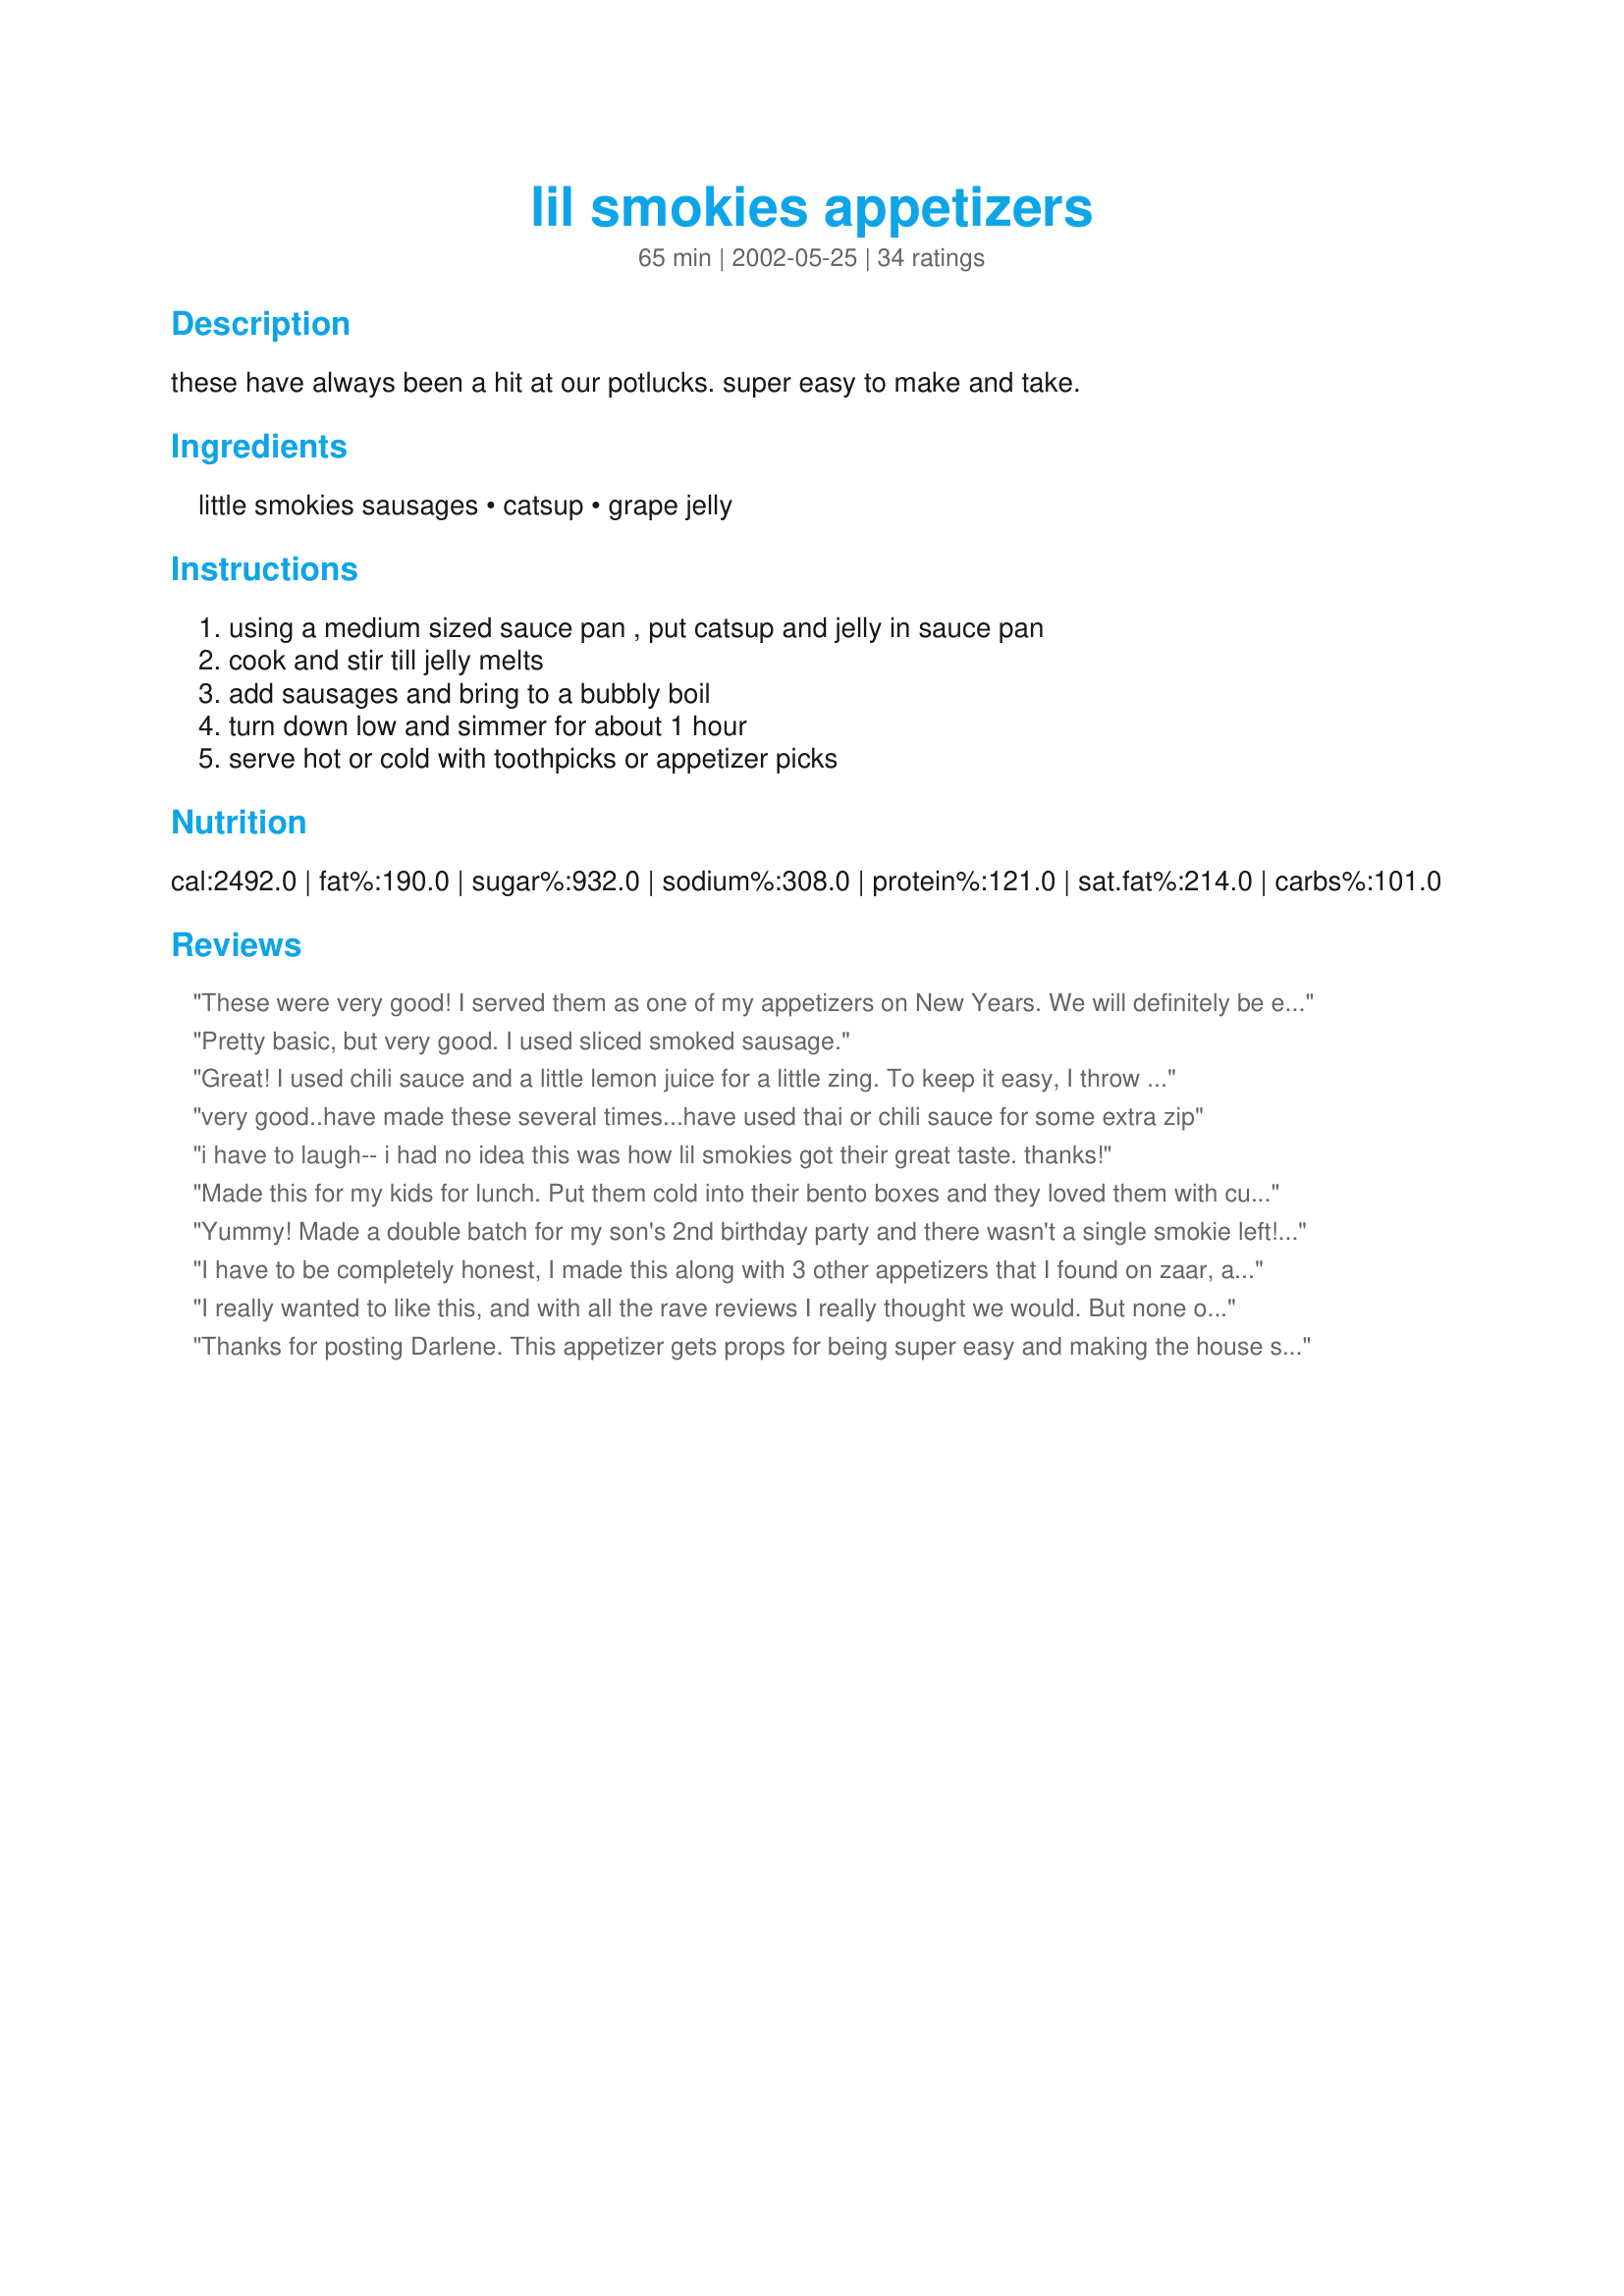
lil smokies appetizers
Preparation time: 65 minutes

these have always been a hit at our potlucks. super easy to make and take.

Ingredients:
little smokies sausages, catsup, grape jelly

Steps:
using a medium sized sauce pan , put catsup and jelly in sauce pan, cook and stir till jelly melts, add sausages and bring to a bubbly boil, turn down low and simmer for about 1 hour, serve hot or cold with toothpicks or appetizer picks

Reviews:
These were very good! I served them as one of my appetizers on New Years. We will definitely be eating these again! I am really glad that I didn't let the grape jelly scare me from trying this recipe. The smokies really are fantastic!
Pretty basic, but very good. I used sliced smoked sausage.
Great! I used chili sauce and a little lemon juice for a little zing. To keep it easy, I throw everything into the crockpot and heat on low. Easy cookout appetizer.
very good..have made these several times...have used thai or chili sauce for some extra zip
i have to laugh-- i had no idea this was how lil smokies got their great taste. thanks!
Made this for my kids for lunch. Put them cold into their bento boxes and they loved them with cut carrots & celery w/ ranch dressing and cheese and crackers and fruit. The star rating is their idea. I didn't try them. Thanks for posting. I'll make them for the kids again.
Yummy! Made a double batch for my son's 2nd birthday party and there wasn't a single smokie left! Very good appetizer!
I have to be completely honest, I made this along with 3 other appetizers that I found on zaar, and even though I personally liked this recipe, no one touched it and all the other appetizers disappeared. So I don't know if it was the crowd or what! But I'm honest and hate just not reviewing someone's recipe if I don't think it deserves 5 stars. Aside from all that, Thank you!
I really wanted to like this, and with all the rave reviews I really thought we would. But none of us cared for it. It was like eating hot dogs in watered down catsup. My hubby tried adding BBQ sauce to his portion and another tried hot sauce, but still a no-go for us.
Thanks for posting Darlene. This appetizer gets props for being super easy and making the house smell nice. It is tasty. I never knew jelly and catsup combined could be edible, let alone pretty good, especially heated. Made for Zaar 2010 Cookbook Tag. Enjoy! ChefDLH
Super easy and delicious!!
I've made this recipe many times and it is definitely a crowd pleaser! I always keep warm in a crockpot for serving.
These were easy and tasty. I let them warm in the crock pot for a few hours. Very good!!!
made this for the supper bow, i used chili sauce instead of catsup, for more flavor and meetballs instead of lil smokies, it was the only thing that i had no left overs of!! i also heated on med-high the grape jelly and the chili sauce togetherto get the clumpyness of the jelly dissolved then put in the crock pot.
This is a great, quick, kid pleasing recipe! My three year old loved them!
These are always a big hit at potlucks, parties -- wherever I take them! I've had them at family get togethers for years and never realized what a strange combination of ingredients you combine to make them! :)
I give this 5 stars, but if you want it a little spicer, add Chili Sauce that comes in a jar for a completely different taste.
My family gobbled these up! Thanks for the quick and easy recipe.
I made these for game night and the guys devoured them! Great recipe thanks!
these are wonderful.and so easy to make.threw them in the crockpot on low and let them cook for a few hours.excellent...
These were great and simple. You can't ask for much more. :)
This is such an easy and good tasting appetizer. I put them in the crockpot this afternoon for our New Year's Eve party this evening. Now I am trying to keep the kids away from them so I have some left! I also posted a picture.
I made this for our game day get together and it was a hit. Only one of the kids didn't care for it, so I figure thats a good average. I enjoyed it more then the usual BBQ sauce with them. Thank you for giving me options when making little wienies.
I made these as written, mostly! :) Where I live we only have jam, which is very sweet, and we also don't get Lil Smokies (I used pork frankfurters). To cut the sweetness, I added a couple of splashes of cider vinegar, a few dashes of cumin & BBQ sauce, and heaping tsp. of red pepper flakes. YUM!
it sounds so wierd but taste so good i have been making your recipe a few years now my family loves it and people are jealous of it so thank you so much! the only thing i change is i make it with cheese little smokies instead of normal and i like to eat them with cheese ritz sandwiches or my own special cheese ball recipe.
Awesome recipe, would have never believed grape jelly could taste great combined as a sauce. Party has not even started yet and can't keep them out of it! LOL
My mom has been making this for at least 30 yrs. People are always amazed by the ingredients. A favorite and staple at holidays. Especially Christmas eve. with Chili and Oyster Stew. If I have bbq sauce to use up I add a litte of that too. I think I would only serve them hot.
I love these! VERY easy and always a hit! I have made them with barbecue sauce or chili sauce instead of catsup for a change, and cook them in a crockpot for parties.
I like this recipe but I found myself needing to add some BBQ sauce for more of a kick.
As appetizers go, nothing can be easier or better for the crowd! I served this for our Christmas Eve crowd, and they disappeared quickly. In putting this together, I used only 1/2 cup catsup then added 1/2 cup barbeque sauce. I think I'll stick with this formula, because these were simply delightful! Thanks for posting.
This was Fansastic!!!!! I must say I was a little worried about using Grape Jelly and Ketchup because it didn't sound good LOL but this is great! I love little smokies and at parties I would always wonder how people made them so good now I know the secret and am so happy to have found this recipe. Thanks for posting it.

April
Made this appetizer for the kids but the adults were fighting them for it. This is so awesome and so easy. Thanks! 

Took these to work for a party. Any I had none to take home with me. They were sooooo good thank you for posting.
Unlike Bri22, these were the first to go at my gathering. My kids were turning their noses up but quickly changed their minds. Hubby said "Those little sausage things are GOOD!" I didn't even get to taste them. I'll have to make them again just to try. I folowed the recipe to the letter and did them on the stove top. They hit the sopt for my little gathering.
